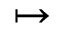
\mapsto